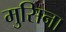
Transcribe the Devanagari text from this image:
मुसिना